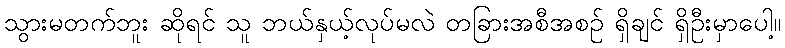
သွားမတက်ဘူး ဆိုရင် သူ ဘယ်နှယ့်လုပ်မလဲ တခြားအစီအစဉ် ရှိချင် ရှိဦးမှာပေါ့။